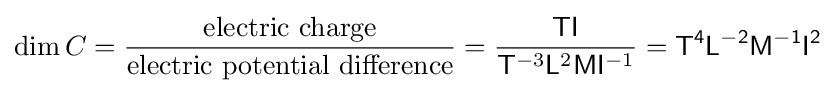
\operatorname {dim} C={\frac {\text{electric charge}}{\text{electric potential difference}}}={\frac {{\mathsf {T}}{\mathsf {I}}}{{\mathsf {T}}^{-3}{\mathsf {L}}^{2}{\mathsf {M}}{\mathsf {I}}^{-1}}}={\mathsf {T^{4}}}{\mathsf {L^{-2}}}{\mathsf {M^{-1}}}{\mathsf {I^{2}}}